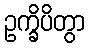
ဥက္ခိပိတွာ